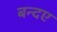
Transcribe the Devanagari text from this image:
बन्दए